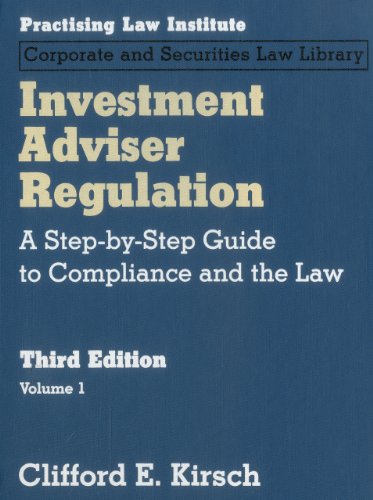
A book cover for Investment Adviser Regulation: A Step-by-Step Guide to Compliance and the Law (3 Volume set); Clifford Kirsch; Law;